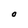
Character: O